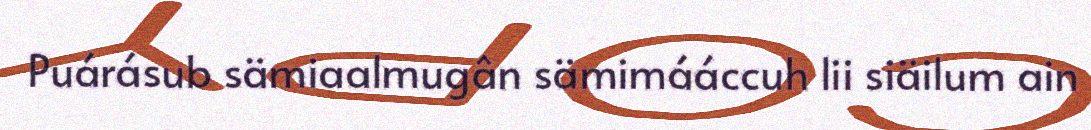
Puárásub sämiaalmugân sämimááccuh lii siäilum ain